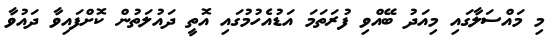
މި މައްސަލާގައި މިއަދު ބޭއްވި ފުރަތަމަ އަޑުއެހުމުގައި އޮތީ ދައުލަތުން ކޮށްފައިވާ ދައުވާ